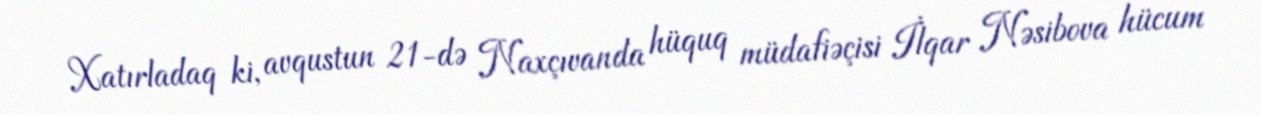
Xatırladaq ki, avqustun 21-də Naxçıvanda hüquq müdafiəçisi İlqar Nəsibova hücum